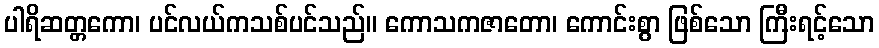
ပါရိဆတ္တကော၊ ပင်လယ်ကသစ်ပင်သည်။ ကောသကဇာတော၊ ကောင်းစွာ ဖြစ်သော ကြီးရင့်သော